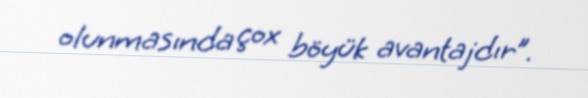
olunmasında çox böyük avantajdır”.